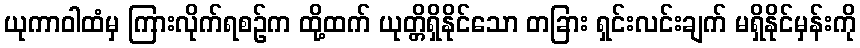
ယုကာဝါထံမှ ကြားလိုက်ရစဉ်က ထို့ထက် ယုတ္တိရှိနိုင်သော တခြား ရှင်းလင်းချက် မရှိနိုင်မှန်းကို